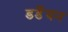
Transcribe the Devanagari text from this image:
डर्डेयन